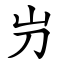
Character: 屶